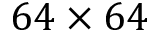
6 4 \times 6 4